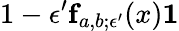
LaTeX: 1-\epsilon^{\prime}\le f_{a,b;\epsilon^{\prime}}(x)\le 1